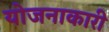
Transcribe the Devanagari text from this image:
योजनाकारी